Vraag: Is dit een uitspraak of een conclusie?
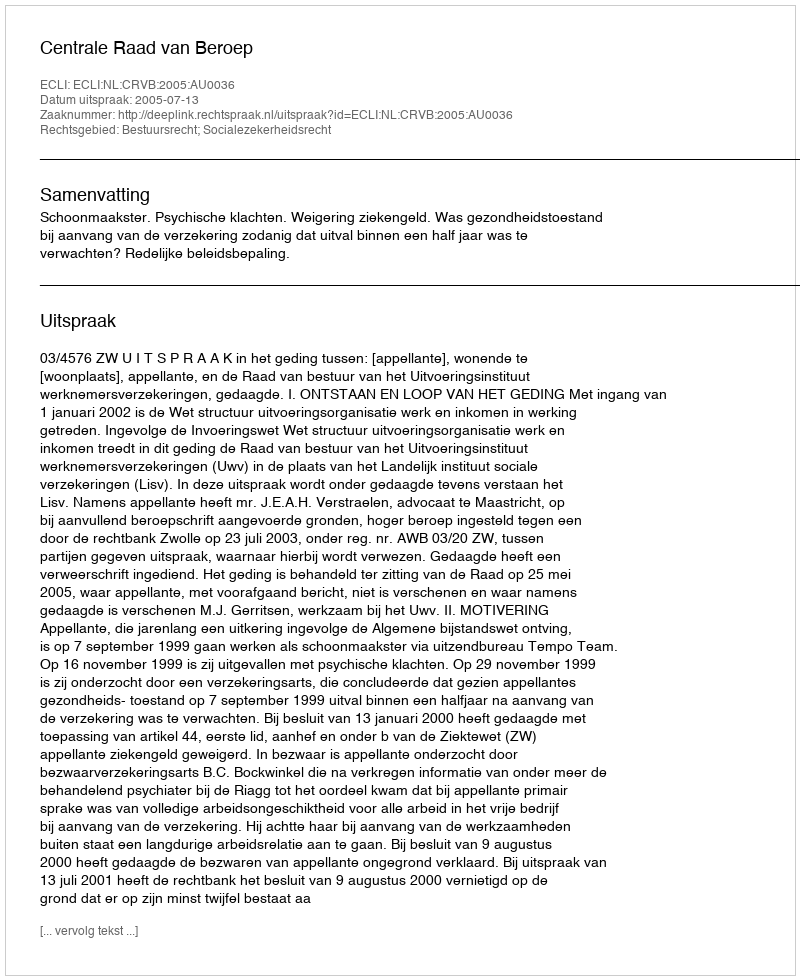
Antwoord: Uitspraak